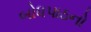
બોધપાઠનો